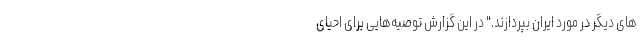
های دیگر در مورد ایران بپردازند." در این گزارش توصیه‌هایی برای احیای